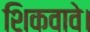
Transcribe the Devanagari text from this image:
शिकवावे।